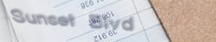
Sunset Blvd